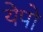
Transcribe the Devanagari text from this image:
येपो